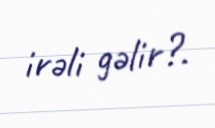
irəli gəlir?.